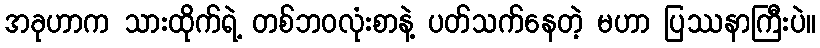
အခုဟာက သားထိုက်ရဲ့ တစ်ဘဝလုံးစာနဲ့ ပတ်သက်နေတဲ့ မဟာ ပြဿနာကြီးပဲ။